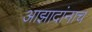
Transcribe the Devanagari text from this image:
आझादांनाच